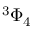
{ } ^ { 3 } \Phi _ { 4 }